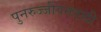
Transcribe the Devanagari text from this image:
पुनरुज्जीवनवादी